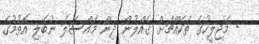
- މަޖިލީހުގެ ތަކެއްޗަށް ގެއްލުން ދިން މައްސަލަ ނުބެލި އޮތުމުގެ